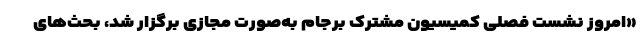
«امروز نشست فصلی کمیسیون مشترک برجام به‌صورت مجازی برگزار شد، بحث‌های